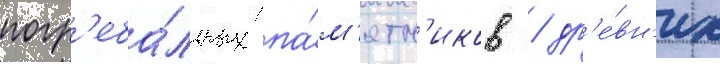
погр'еба́льных па́м'ятн'иков / др'е́вн'их